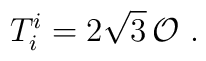
T^i_i =2\sqrt{3}\,\mathcal{O}~.